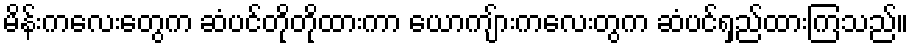
မိန်းကလေးတွေက ဆံပင်တိုတိုထားကာ ယောကျ်ားကလေးတွက ဆံပင်ရှည်ထားကြသည်။